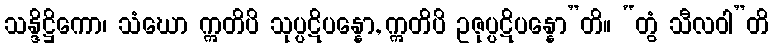
သန္ဒိဋ္ဌိကော၊ သံဃော ဣတိပိ သုပ္ပဋိပန္နော, ဣတိပိ ဥဇုပ္ပဋိပန္နော”တိ။ “တွံ သီလဝါ”တိ